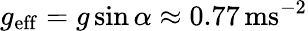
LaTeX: g_{\mathrm{eff}}=g\sin\alpha\approx 0.77\, \textup{ms}^{-2}